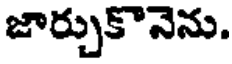
జార్చుకొనెను.